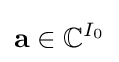
{\bf {a}}\in {\mathbb {C} }^{I_{0}}